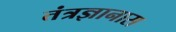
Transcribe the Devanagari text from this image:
तंत्रज्ञानास